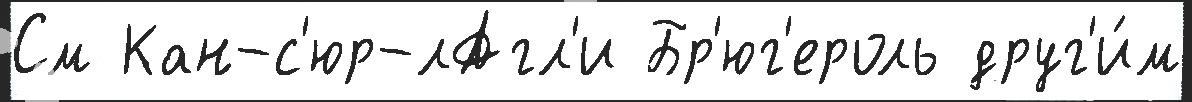
См Кан-с'юр-лАгл'и Бр'юг'ероль друг'и́м